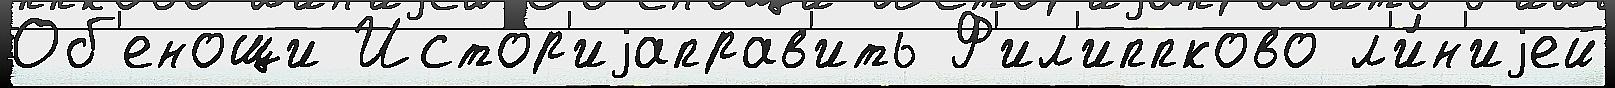
Об'енощи Истор'иjаправ'ить Ф'ил'иппково л'и́н'иjей